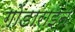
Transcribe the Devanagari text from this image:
गोंडाराइन